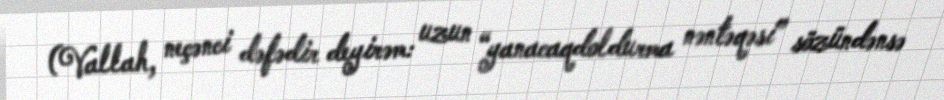
(Vallah, neçənci dəfədir deyirəm: uzun “yanacaqdoldurma nəntəqəsi” sözündənsə